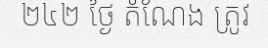
២៤២ ថ្ងៃ តំណែង ត្រូវ